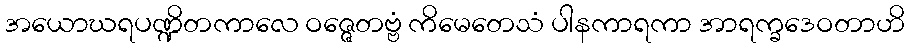
အယောဃရပဏ္ဍိတကာလေ ဝဇ္ဇေတဗ္ဗံ ကိမေတေသံ ပါနကာရကာ အာရက္ခဒေဝတာဟိ